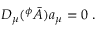
D _ { \mu } ( ^ { \phi } \bar { A } ) a _ { \mu } = 0 \ .